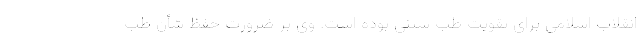
انقلاب اسلامی برای تقویت طب سنتی بوده است. وی بر ضرورت حفظ شأن طب